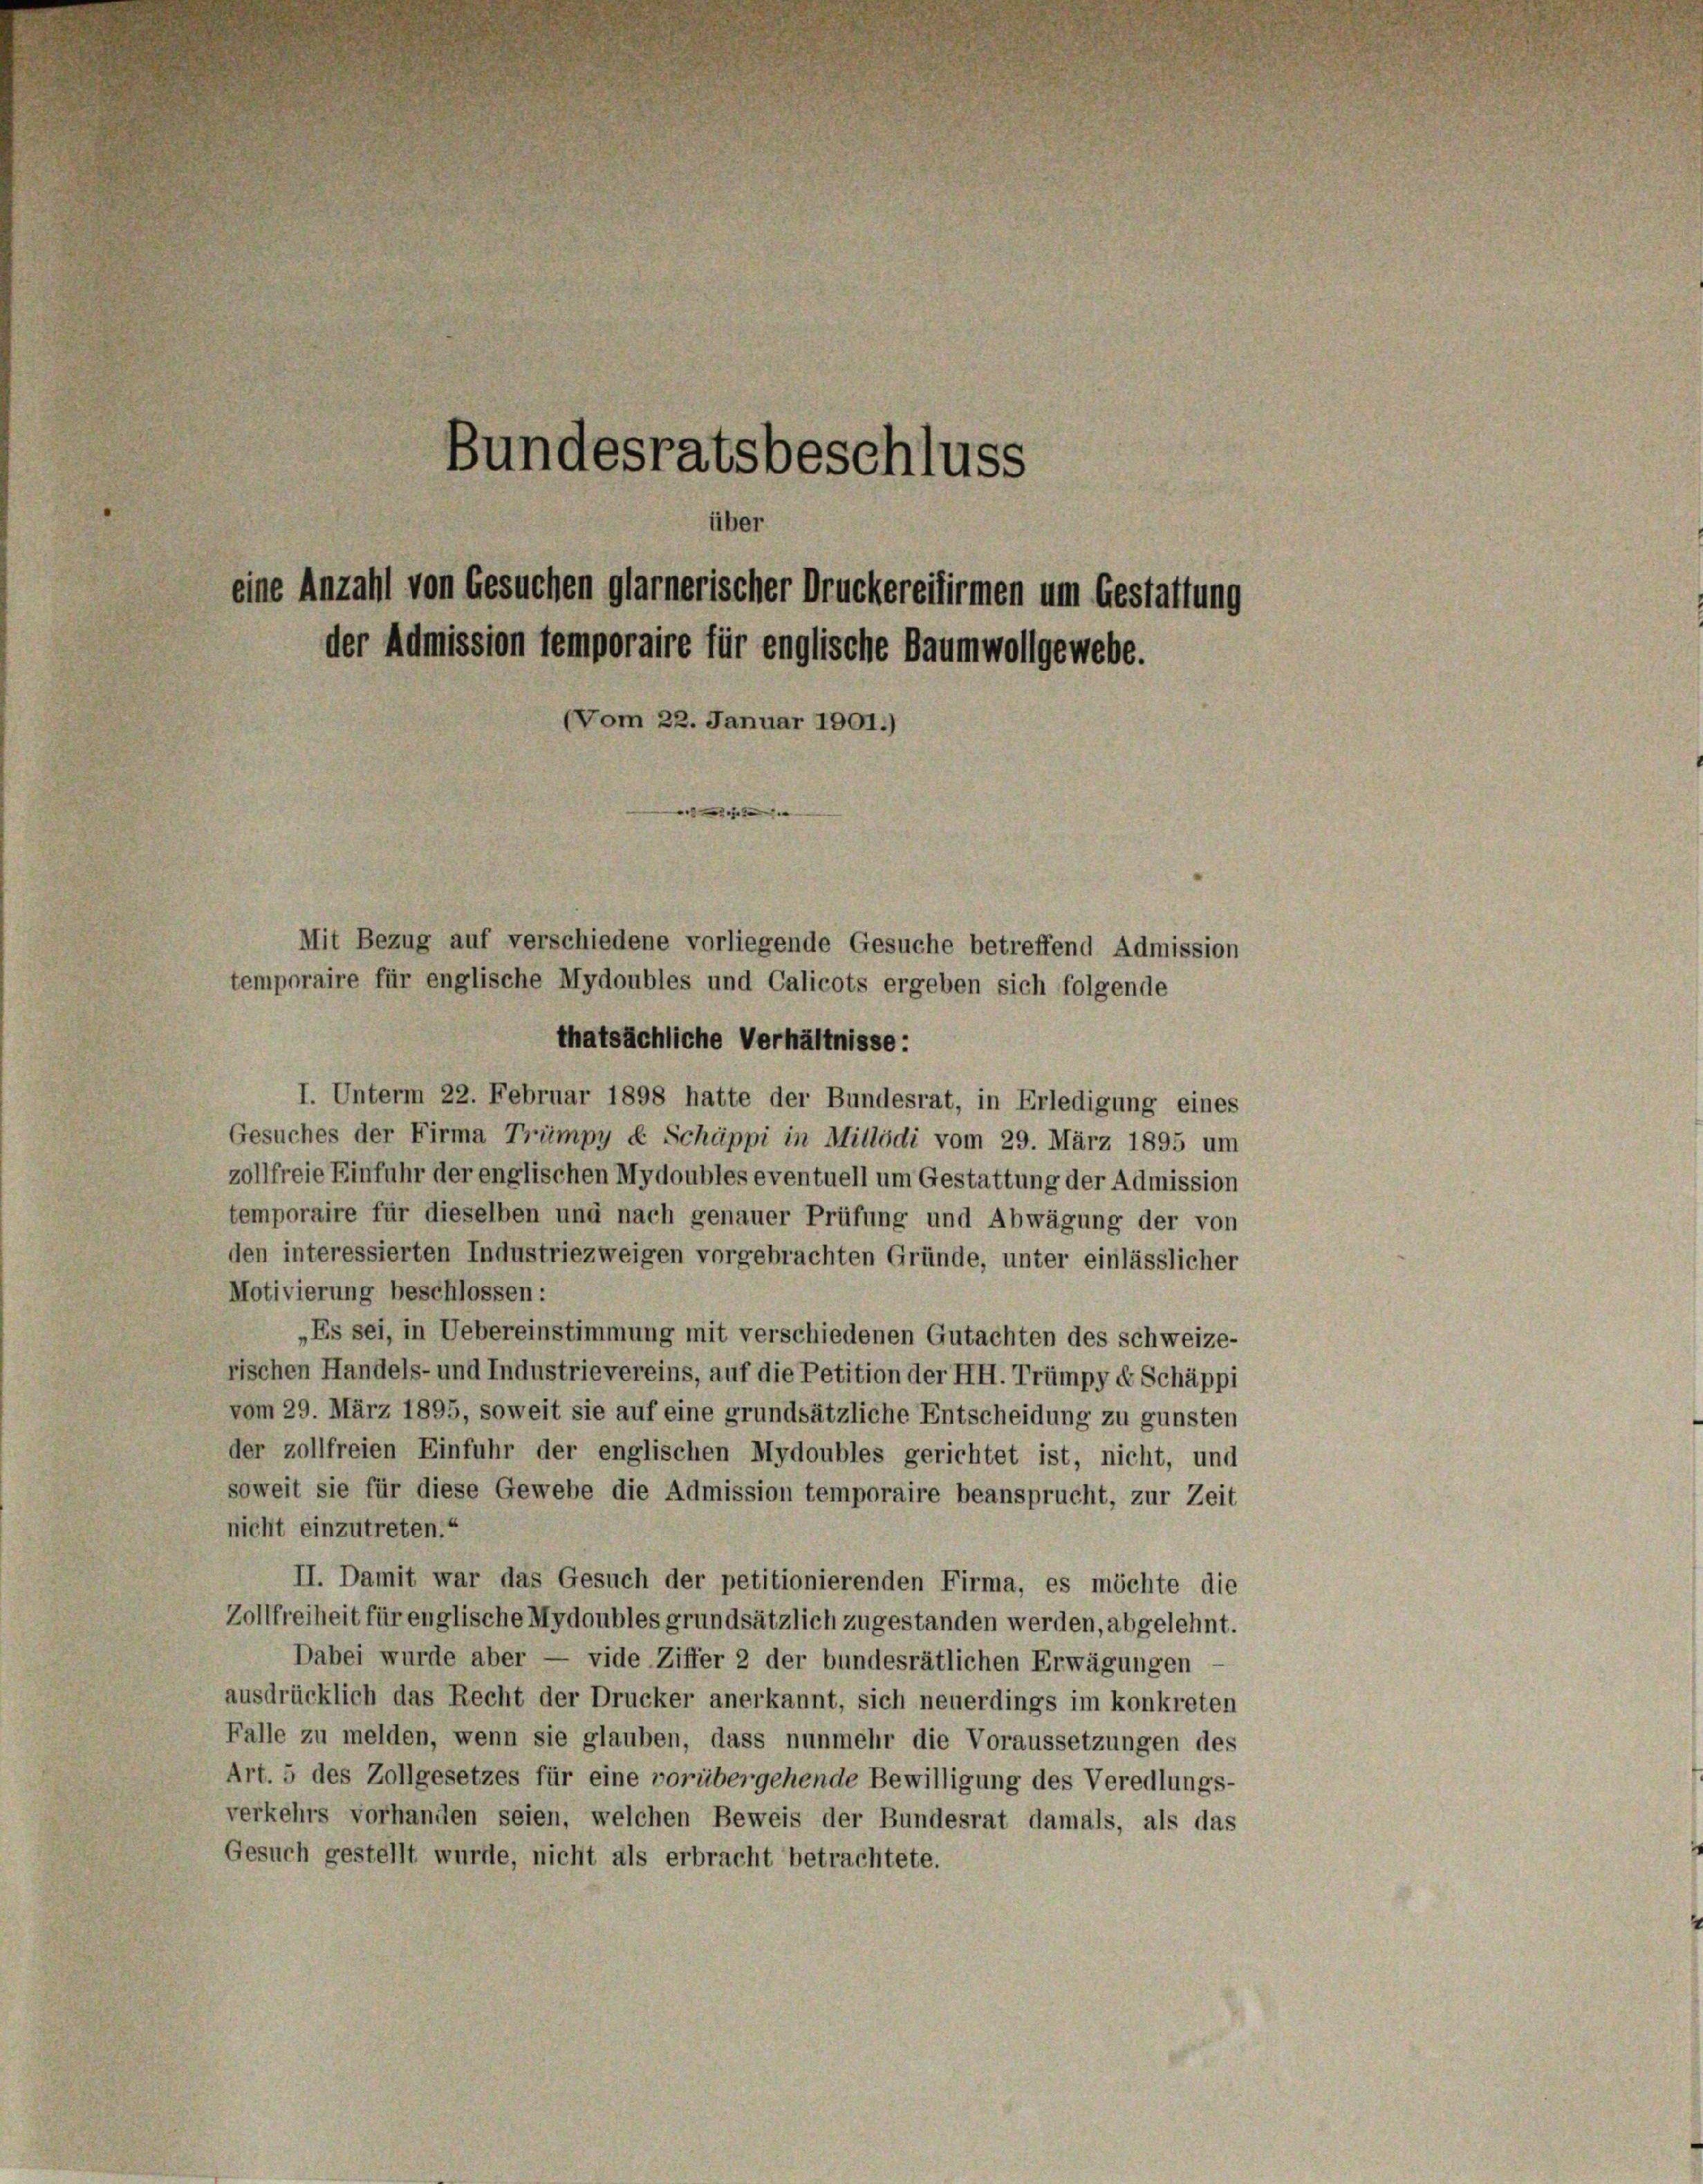
Bundesratsbeschluss
über
eine Anzahl von Gesuchen glarnerischer Druckereitirmen um Gestattung
der Admission temporaire für englische Baumwollgewebe.
(Vom 22. Januar 1901.)
e

Mit Bezug auf verschiedene vorliegende Gesuche betreffend Admission
temporaire für englische Mydoubles und Calicots ergeben sich folgende
thatsächliche Verhältnisse:

I. Unterm 22. Februar 1898 hatte der Bundesrat, in Erledigung eines
Gesuches der Firma Trümpy d Schäppi in Mitlödi vom 29. März 1895 um
zollfreie Einfuhr der englischen Mydoubles eventuell um Gestattung der Admission
temporaire für dieselben und nach genauer Prüfung und Abwägung der von
den interessierten Industriezweigen vorgebrachten Gründe, unter einlässlicher
Motivierung beschlossen:
„Es sei, in Uebereinstimmung mit verschiedenen Gutachten des Schweize-
rischen Handels- und Industrievereins, auf die Petition der HH. Trümpy c. Schäppi
vom 29. März 1895, soweit sie auf eine grundsätzliche Entscheidung zu gunsten
der zollfreien Einfuhr der englischen Mydoubles gerichtet ist, nicht, und
soweit sie für diese Gewebe die Admission temporaire beansprucht, zur Zeit
nicht einzutreten.“
II. Damit war das Gesuch der petitionierenden Firma, es möchte die
Zollfreiheit für englische Mydoubles grundsätzlich zugestanden werden, abgelehnt.
Dabei wurde aber — vide Ziffer 2 der bundesrätlichen Erwägungen -
ausdrücklich das Recht der Drucker anerkannt, sich neuerdings im konkreten
Falle zu melden, wenn sie glauben, dass nunmehr die Voraussetzungen des
Art. 5 des Zollgesetzes für eine vorübergehende Bewilligung des Veredlungs-
verkehrs vorhanden seien, welchen Beweis der Bundesrat damals, als das
Gesuch gestellt wurde, nicht als erbracht betrachtete.